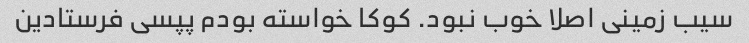
سیب زمینی اصلا خوب نبود. کوکا خواسته بودم پپسی فرستادین